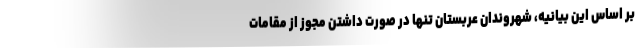
بر اساس این بیانیه، شهروندان عربستان تنها در صورت داشتن مجوز از مقامات